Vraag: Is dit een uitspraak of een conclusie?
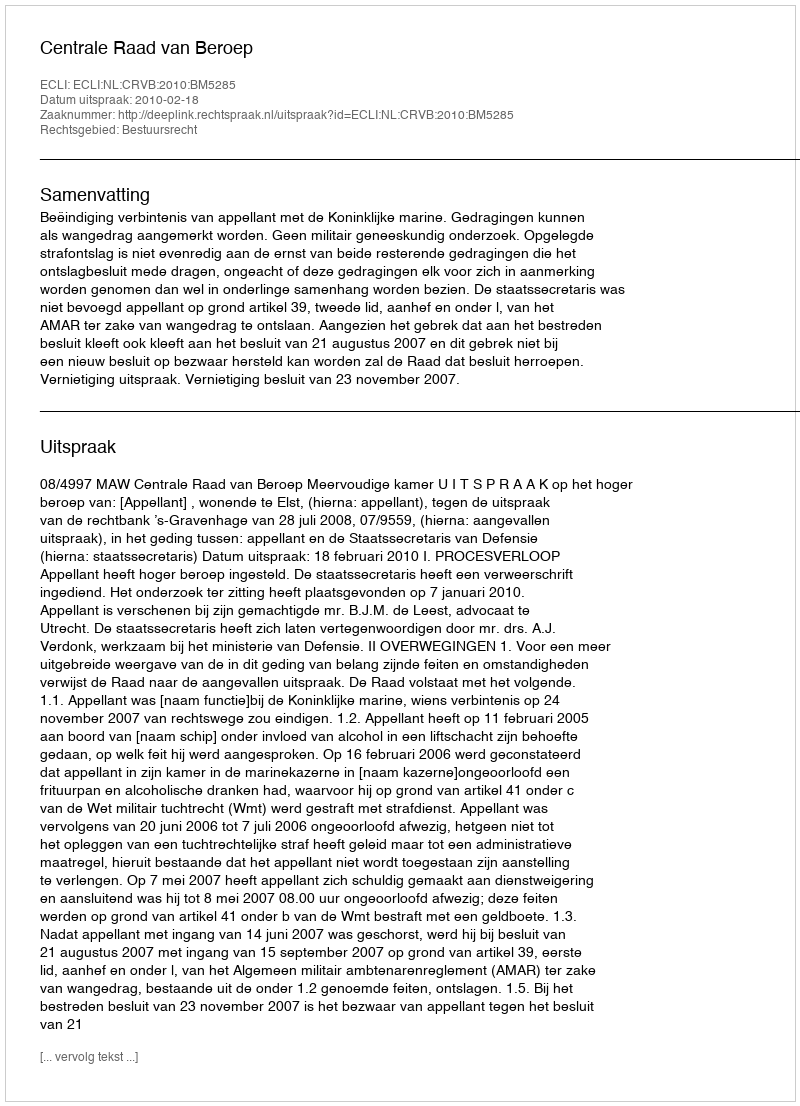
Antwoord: Uitspraak